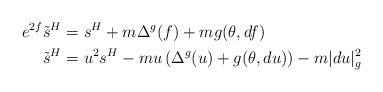
LaTeX: \begin{align*}e^{2f}\tilde{s}^H &= s^H + m\Delta^g(f) + mg(\theta,df)\\\tilde{s}^H &= u^2s^H - mu\left(\Delta^g(u) + g(\theta, du)\right) - m|du|^2_g\end{align*}